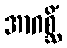
အာဂစ္ဆိံ